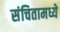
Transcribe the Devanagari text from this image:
संचितामध्ये